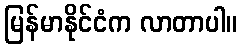
မြန်မာနိုင်ငံက လာတာပါ။